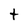
Character: t